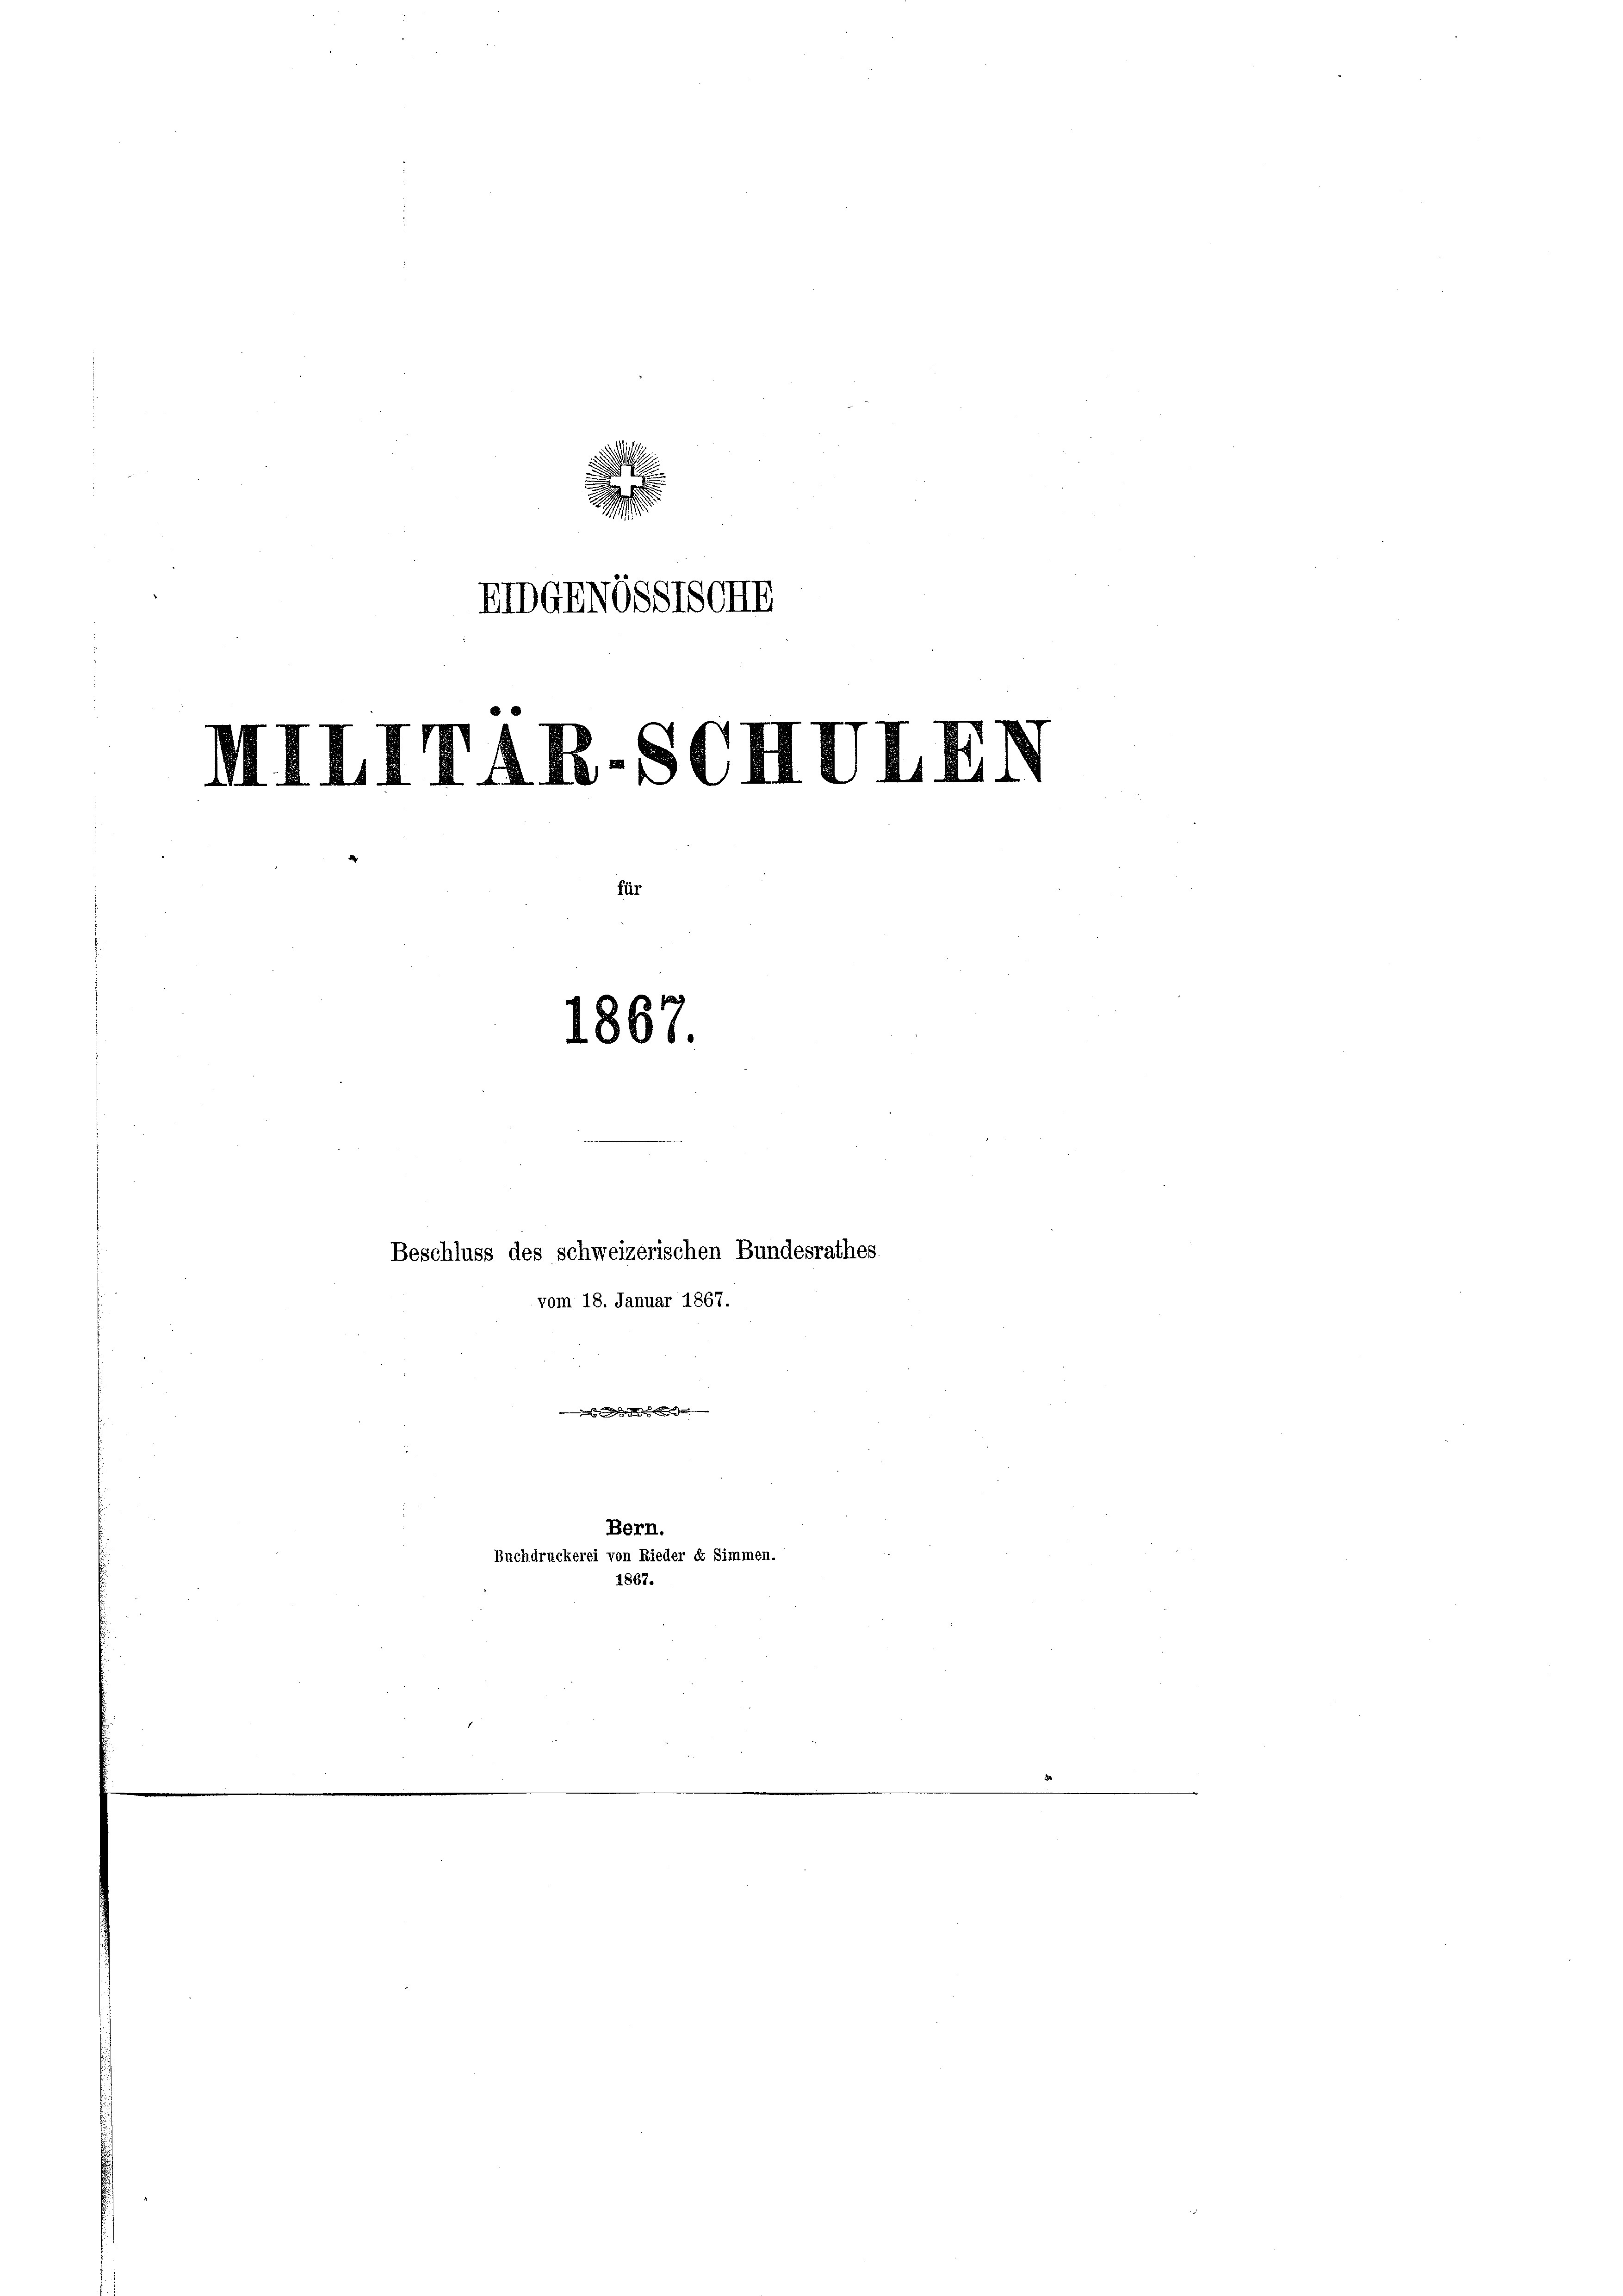
.
EIDGENOSSTSCHE

1867.

IIIIITAR. 86

für

1867.

Beschluss des schweizerischen Bundesrathes
vom 18. Januar 1867.

Bern.
Buchdruckerei von Rieder et Simmen.

4

¬